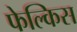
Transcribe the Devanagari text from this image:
फेल्किस